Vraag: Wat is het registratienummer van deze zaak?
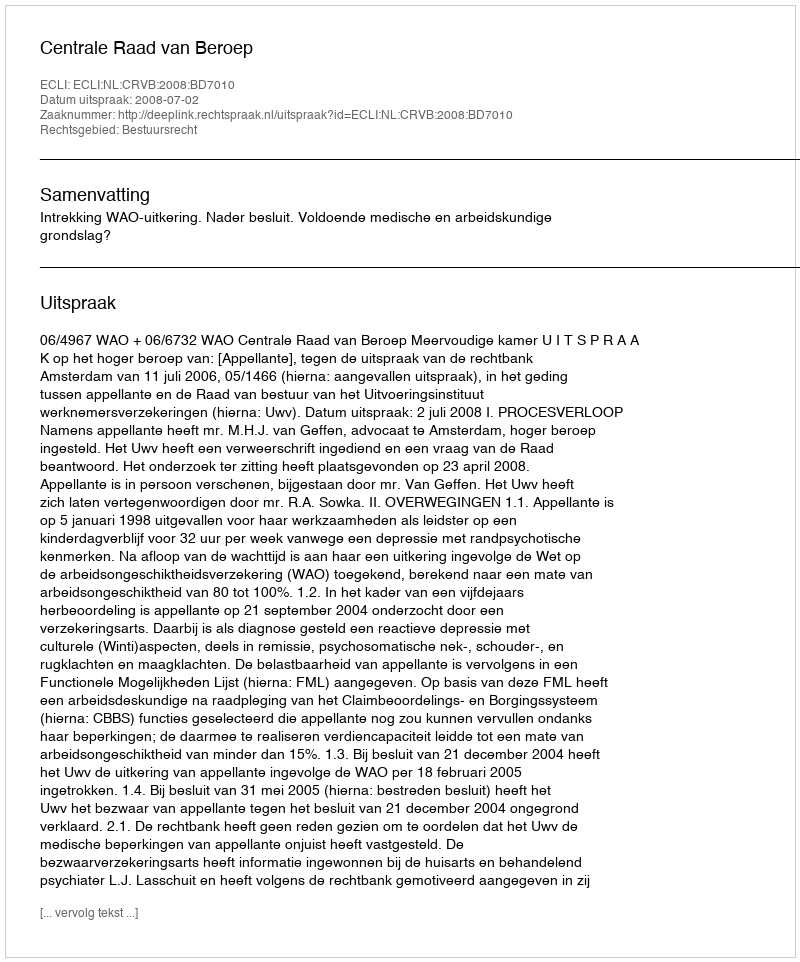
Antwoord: http://deeplink.rechtspraak.nl/uitspraak?id=ECLI:NL:CRVB:2008:BD7010